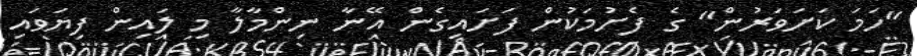
"ހަމަ ކަށަވަރުން" ގެ ފެށުމަކުން ފަށައިގެން އޭނާ ނިންމާލާ މި ލައިން ފިޔަވައި